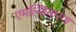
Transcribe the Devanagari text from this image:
एमल्सिकरण